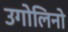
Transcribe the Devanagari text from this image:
उगोलिनो